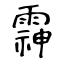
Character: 䨩